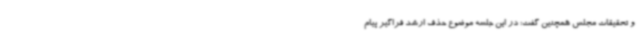
و تحقیقات مجلس همچنین گفت: در این جلسه موضوع حذف ارشد فراگیر پیام